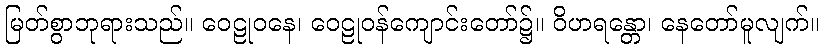
မြတ်စွာဘုရားသည်။ ဝေဠုဝနေ၊ ဝေဠုဝန်ကျောင်းတော်၌။ ဝိဟရန္တော၊ နေတော်မူလျက်။